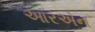
આરએન